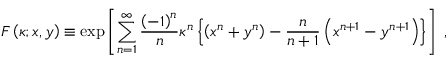
F \left( \kappa ; x , y \right) \equiv \exp \left[ \sum _ { n = 1 } ^ { \infty } { \frac { \left( - 1 \right) ^ { n } } { n } } \kappa ^ { n } \left\{ \left( x ^ { n } + y ^ { n } \right) - { \frac { n } { n + 1 } } \left( x ^ { n + 1 } - y ^ { n + 1 } \right) \right\} \right] \ ,